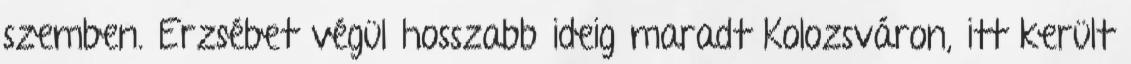
szemben. Erzsébet végül hosszabb ideig maradt Kolozsváron, itt került